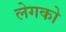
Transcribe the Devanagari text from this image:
लेगको